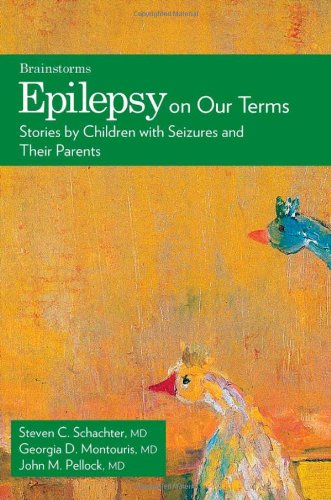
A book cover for Epilepsy on Our Terms: Stories by Children with Seizures and Their Parents (The Brainstorm Series); Georgia D. Montouris; Health, Fitness & Dieting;